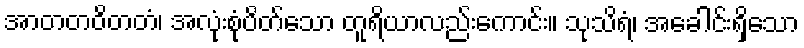
အာတတဝိတတံ၊ အလုံးစုံပိတ်သော တူရိယာလည်းကောင်း။ သုသိရံ၊ အခေါင်းရှိသော